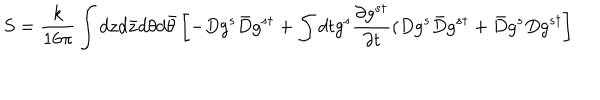
LaTeX: S = \frac { k } { 1 6 \pi } \int d z d \bar { z } d \theta d \bar { \theta } \left[ - D g ^ { s } \bar { D } g ^ { s \dagger } + \int d t g ^ { s } \frac { \partial g ^ { s \dagger } } { \partial t } ( D g ^ { s } \bar { D } g ^ { s \dagger } + \bar { D } g ^ { s } D g ^ { s \dagger } \right]